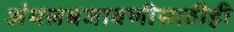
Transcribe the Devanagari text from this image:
अंमलबजावणीसाठीही